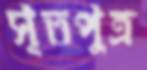
সূতপুত্র